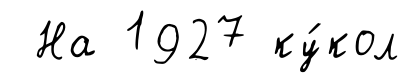
На 1927 ку́кол